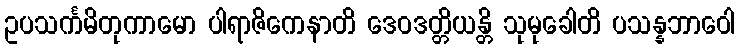
ဥပသင်္ကမိတုကာမော ပါရာဇိကေနာတိ ဒေဝဒတ္တိယန္တိ သုမုခေါတိ ပသန္နဘာဝေါ